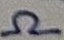
Text: Ω